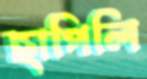
ছাপিলি